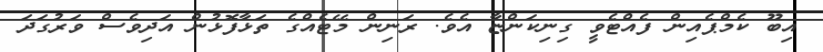
އިބޫ ކެމްޕެއިން ފެއްޓެވީ ގިނިކަންޏާ އެވެ. ރަނިން މޭޓެއްގެ ތަޅާފޮޅުން އަދިވެސް ވަރުގަދަ